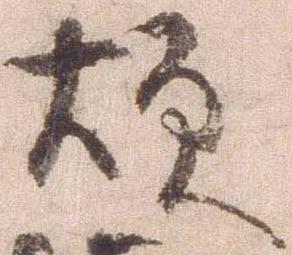
煩